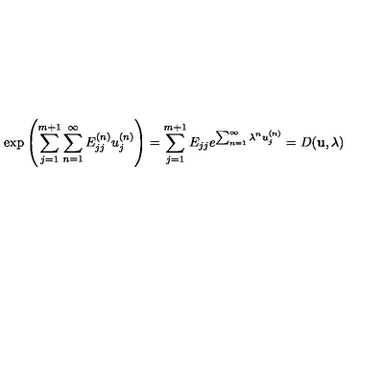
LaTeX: \exp \left( { \sum _ { j = 1 } ^ { m + 1 } \sum _ { n = 1 } ^ { \infty } E _ { j j } ^ { ( n ) } u _ { j } ^ { ( n ) } } \right) = \sum _ { j = 1 } ^ { m + 1 } E _ { j j } e ^ { \sum _ { n = 1 } ^ { \infty } \lambda ^ { n } u _ { j } ^ { ( n ) } } = D ( { \bf u } , \lambda )